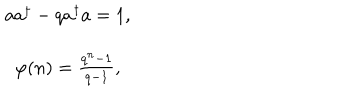
LaTeX: \begin{array} { c } { { a a ^ { \dagger } - q a ^ { \dagger } a = 1 , } } \\ { { \varphi ( n ) = \frac { q ^ { n } - 1 } { q - 1 } , } } \\ \end{array}